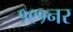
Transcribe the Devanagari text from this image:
१९१नर